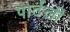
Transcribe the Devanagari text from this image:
पार्टली